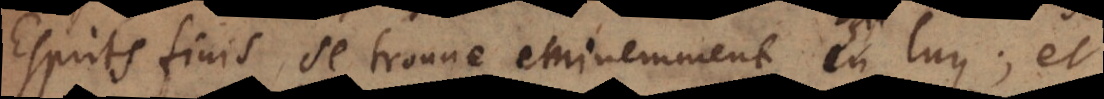
Esprits finis, se trouve eminemment en luy; et